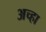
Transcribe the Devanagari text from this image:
अच्हा